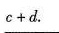
c + d$$.